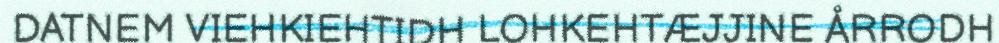
DATNEM VIEHKIEHTIDH LOHKEHTÆJJINE ÅRRODH